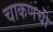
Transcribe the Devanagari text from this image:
चाकणची